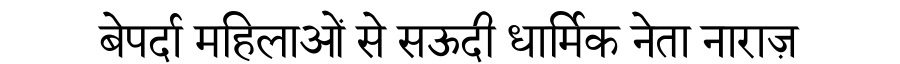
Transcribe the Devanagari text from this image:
बेपर्दा महिलाओं से सऊदी धार्मिक नेता नाराज़